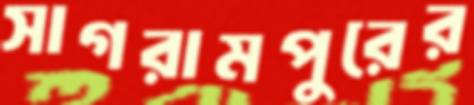
সাগরামপুরের